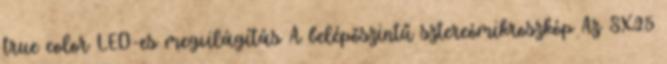
true color LED-es megvilágítás A belépőszintű sztereómikroszkóp Az SX25